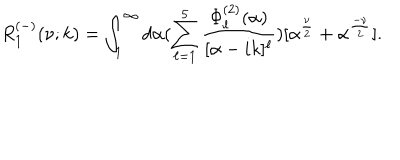
R _ { 1 } ^ { ( - ) } ( \nu ; k ) = \int _ { 1 } ^ { \infty } d \alpha ( \sum _ { \ell = 1 } ^ { 5 } \frac { \Phi _ { \ell } ^ { ( 2 ) } ( \alpha ) } { [ \alpha - i k ] ^ { \ell } } ) [ \alpha ^ { \frac { \nu } { 2 } } + \alpha ^ { \frac { - \nu } { 2 } } ] .